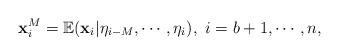
LaTeX: \begin{align*}\mathbf{x}_i^M =\mathbb{E} (\mathbf{x}_i | \eta_{i-M}, \cdots, \eta_i ), \ i=b+1,\cdots,n,\end{align*}